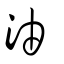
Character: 油